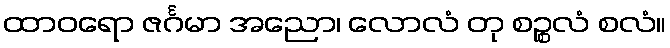
ထာဝရော ဇင်္ဂမာ အညော၊ လောလံ တု စဉ္စလံ စလံ။